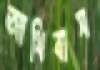
আধিবাস